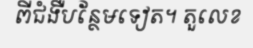
ពីជំងឺបន្ថែមទៀត។ តួលេខ